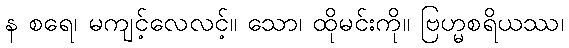
န စရေ၊ မကျင့်လေလင့်။ သော၊ ထိုမင်းကို။ ဗြဟ္မစရိယဿ၊